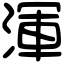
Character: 渾